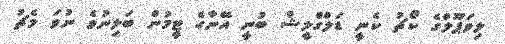
ލިވަޕޫލްގެ ކޯޗު ކެނީ ޑަލްގްލީޝް ބުނީ އޭނާގެ ޓީމުން ބަލިނުވެ ނުވަ މެޗު